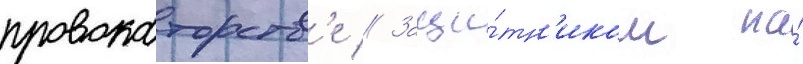
провокаторств'е // Защи́тн'иком на́